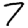
Digit: 7